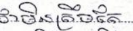
វាមិនត្រឹមតែ